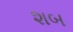
શબ